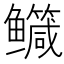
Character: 𮬤